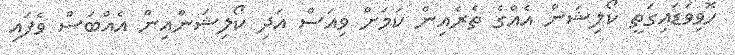
ހޮވިވަޑައިގަތީ ކޯލިޝަން އެއްގެ ތެރެއިން ކަމަށް ވިއަސް އަދި ކޯލިޝަންއިން އެއްބަސް ވެފައި